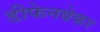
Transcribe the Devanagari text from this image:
डीफेनबेकर